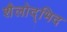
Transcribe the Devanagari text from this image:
शैलोद्भिद